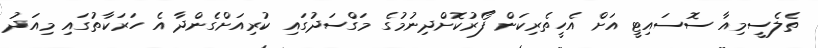
ތެލެސީމިއާ ސޮސައިޓީ އަށް އެހީތެރިކަން ފޯރުކޮށްދިނުމުގެ މަގްސަދުގައި ކުރިއަށްގެންދާ އެ ހަރަކާތުގައި މިއަދު